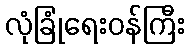
လုံခြုံရေးဝန်ကြီး